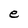
Character: e